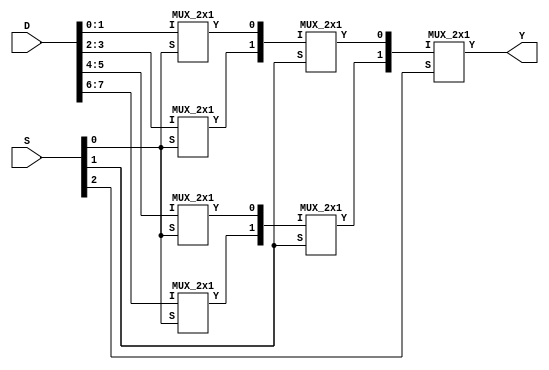
`timescale 1ns / 1ps
//////////////////////////////////////////////////////////////////////////////////
// Company: 
// Engineer: 
// 
// Design Name: 
// Module Name: mux8x1_2x1
// Project Name: 
// Target Devices: 
// Tool Versions: 
// Description: 
// 
// Dependencies: 
// 
// Revision:
// Revision 0.01 - File Created
// Additional Comments:
// 
//////////////////////////////////////////////////////////////////////////////////

module mux_8x1_using_2x1_muxes(D,S,Y

    );
    input [7:0]D;
    input [2:0]S;
    output Y;
    wire [3:0]A;
    wire [1:0]B;
    MUX_2x1 mux_1(D[1:0],A[0],S[0]);
    MUX_2x1 mux_2(D[3:2],A[1],S[0]);
    MUX_2x1 mux_3(D[5:4],A[2],S[0]);
    MUX_2x1 mux_4(D[7:6],A[3],S[0]);
    
    MUX_2x1 mux_5(A[1:0],B[0],S[1]);
    MUX_2x1 mux_6(A[3:2],B[1],S[1]);
    
    MUX_2x1 mux_7(B[1:0],Y,S[2]);
endmodule
module MUX_2x1(I,Y,S

    );
    input [1:0]I;
    input S;
    output Y;
    assign Y = (S == 0)?I[0]:I[1];
endmodule